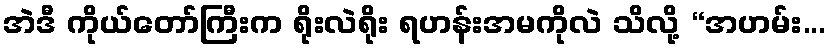
အဲဒီ ကိုယ်တော်ကြီးက ရိုးလဲရိုး ရဟန်းအမကိုလဲ သိလို့ “အဟမ်း...